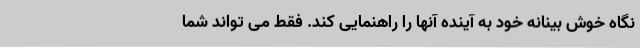
نگاه خوش بینانه خود به آینده آنها را راهنمایی کند. فقط می تواند شما